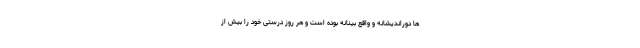
ها دوراندیشانه و واقع بینانه بوده است و هر روز درستی خود را بیش از